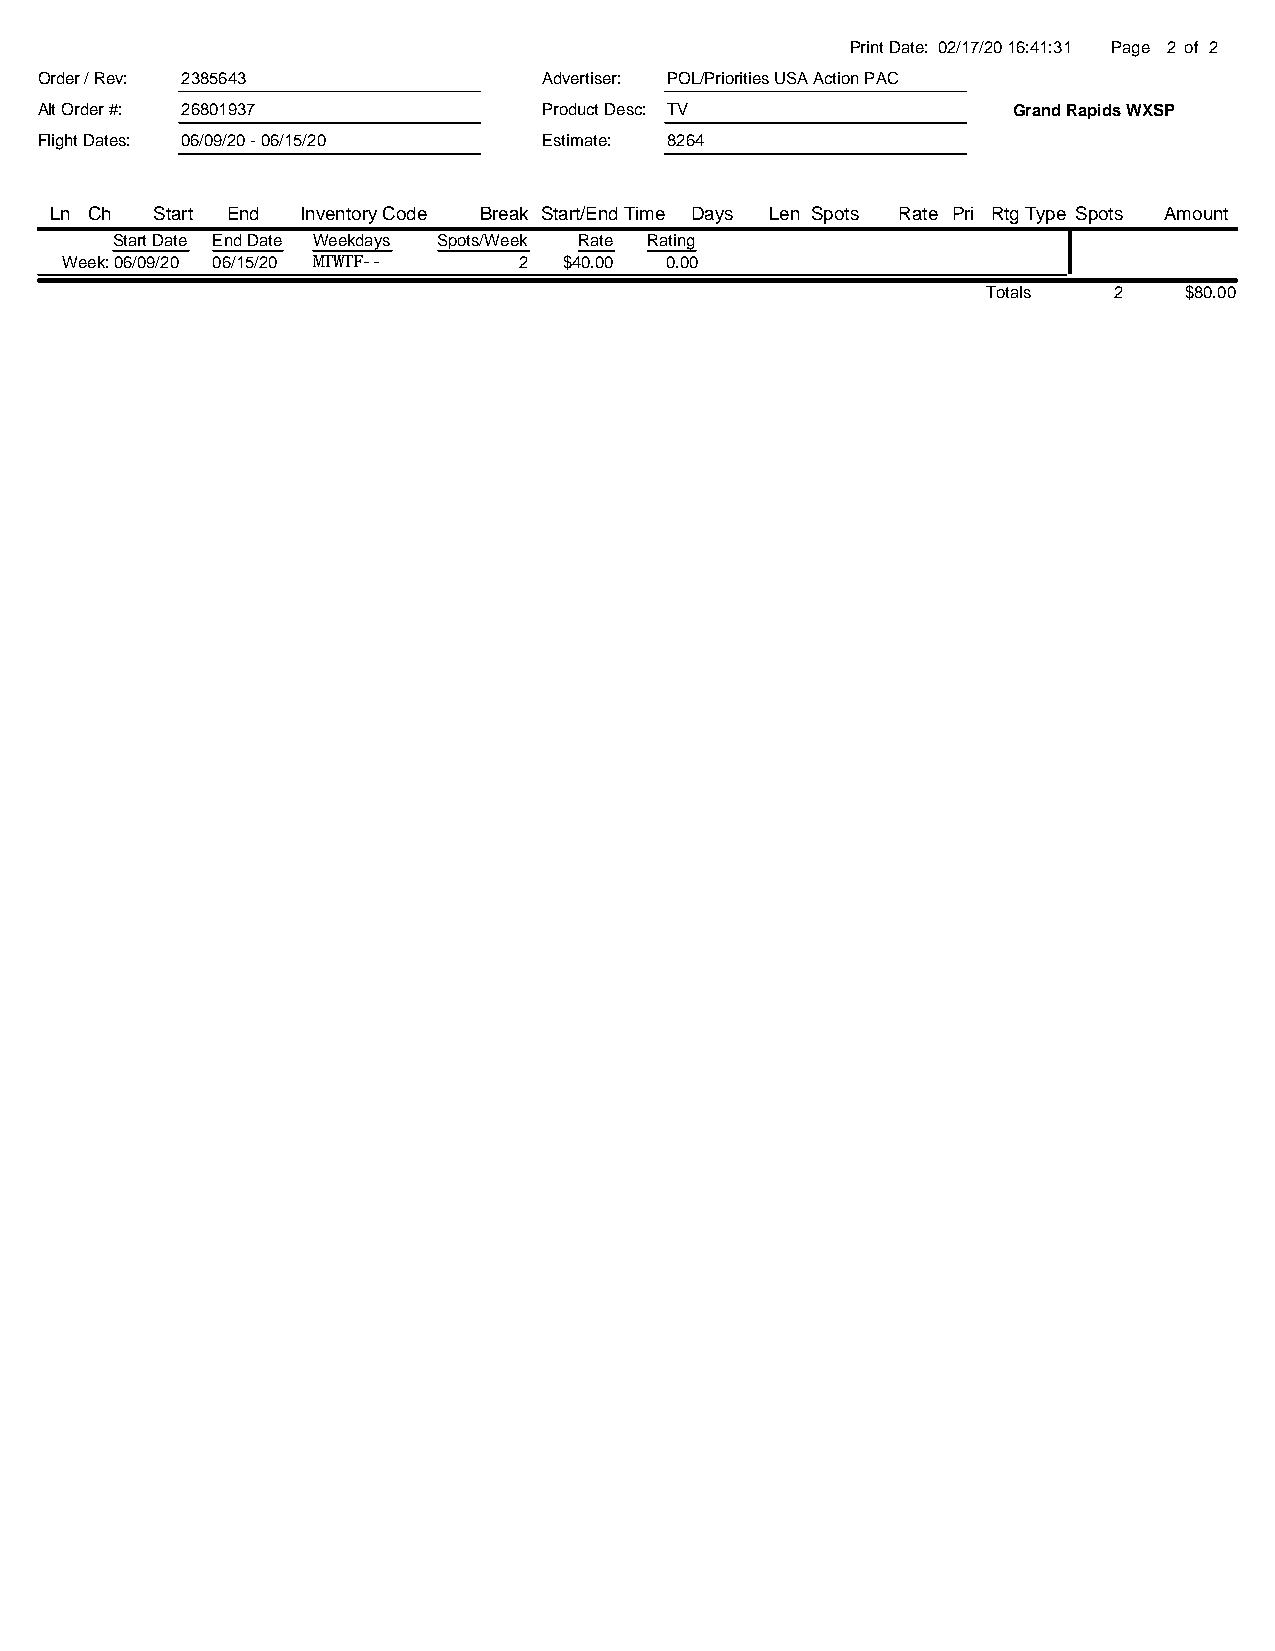
Print Date: 02/17/20 16:41:31 Page 2 of 2
 Order / Rev: 2385643              Advertiser: POL/Priorities USA Action PAC
 Alt Order #: 26801937             Product Desc: TV               Grand Rapids WXSP
 Flight Dates: 06/09/20 - 06/15/20 Estimate: 8264
 Ln Ch  Start End Inventory Code Break Start/End Time Days Len Spots Rate Pri RtgType Spots Amount
 Start Date End Date Weekdays Spots/Week Rate Rating
 Week: 06/09/20 06/15/20 MTWTF-- 2 $40.00 0.00
 Totals   2   $80.00